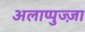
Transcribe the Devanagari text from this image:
अलाप्पुज्ज़ा